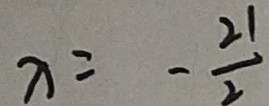
x = - \frac { 2 1 } { 2 }